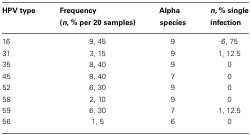
| HPV type | Frequency (n, % per 20 samples) | Alpha species | n, % single infection |
 | --- | --- | --- | --- |
 | 16 | 9, 45 | 9 | 6, 75 |
 | 31 | 3, 15 | 9 | 1, 12.5 |
 | 35 | 8, 40 | 9 | 0 |
 | 45 | 8, 40 | 7 | 0 |
 | 52 | 6, 30 | 9 | 0 |
 | 58 | 2, 10 | 9 | 0 |
 | 59 | 6, 30 | 7 | 1, 12.5 |
 | 56 | 1, 5 | 6 | 0 |